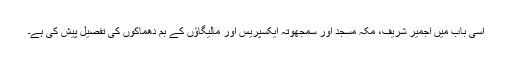
اسی باب میں اجمیر شریف، مکہ مسجد اور سمجھوتہ ایکسپریس اور مالیگاؤں کے بم دھماکوں کی تفصیل پیش کی ہے۔